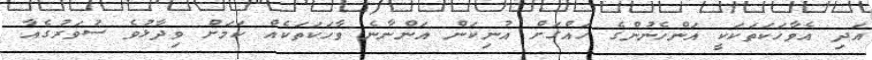
އަދި އެވާހަކަތަކަކީ އަންހެނުންގެ ހައްގަށް އުނިކަން އަންނާނެ ވާހަކަތަކެއް ކަމަށް ވިދާޅުވެ ސުވަރުގެއާ